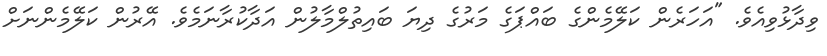
ވިދާޅުވިއެވެ. "އަހަރެން ކަލޭމެންގެ ބައްޕަގެ މަރުގެ ދިޔަ ބައިތުލްމާލުން އަދާކުރާނަމެވެ. އޭރުން ކަލޭމެންނަށް